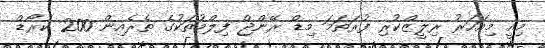
މިއީ މިއަހަރު ރިލީޒްކުރި ފުރަތަމަ މިޑް ރޭންޖް ފިލްމުތަކުގެ ތެރެއިން 200 ކުރޯޑް